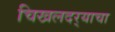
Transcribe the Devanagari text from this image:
चिखलदर्‍याचा